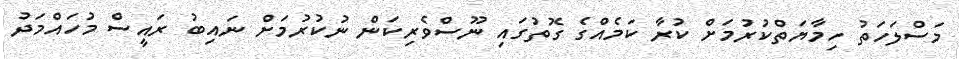
މަސްލަހަތު ހިމާޔަތްކުރުމަށް ކުރާ ކަމެއްގެ ގޮތުގައި ނޫސްވެރިކަން ނުކުރުމަށް ނައިބު ރައީސް މުހައްމަދު